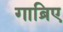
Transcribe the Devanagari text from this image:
गाब्रिए